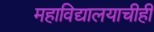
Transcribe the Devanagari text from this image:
महाविद्यालयाचीही